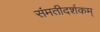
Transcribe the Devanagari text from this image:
संमतीदर्शकम्